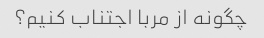
چگونه از مربا اجتناب کنیم؟